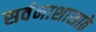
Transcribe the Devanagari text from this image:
सर्वनाशासाठे